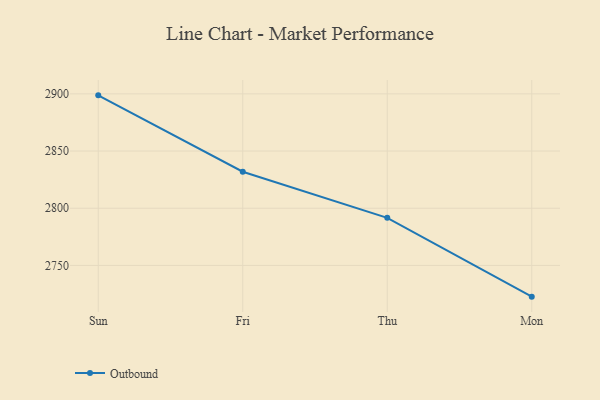
{"axis": {"x": "Day", "y": "Gross Profit (USD K)"}, "legend": ["Outbound"], "data": [{"x": "Sun", "y": 2898.7, "type": "Outbound"}, {"x": "Fri", "y": 2831.9, "type": "Outbound"}, {"x": "Thu", "y": 2791.6, "type": "Outbound"}, {"x": "Mon", "y": 2722.7, "type": "Outbound"}]}